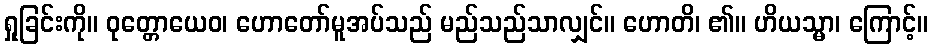
ရှုခြင်းကို။ ဝုတ္တောယေဝ၊ ဟောတော်မူအပ်သည် မည်သည်သာလျှင်။ ဟောတိ၊ ၏။ ဟိယသ္မာ၊ ကြောင့်။